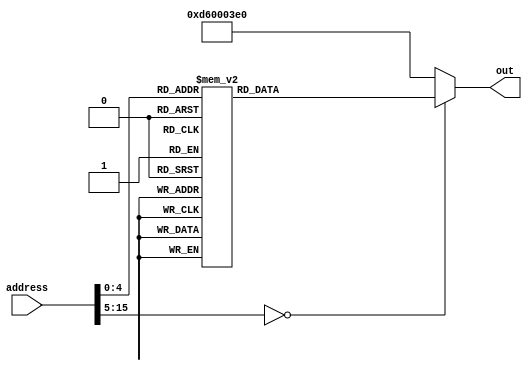
// auto generated from http://users.rowan.edu/~haskellt8/assembler/
module rom_case(out, address);
	output reg [31:0] out;
	input  [15:0] address; // address- 16 deep memory  
	always @(address) begin
		case (address)
			16'h0000:  out = 32'b11010010100000000000000000100001; // MOVZ X1, 1
			16'h0001:  out = 32'b11010010100000000000000001000010; // MOVZ X2, 2
			16'h0002:  out = 32'b10001011000000100000000000100100; // ADD X4, X1, X2
			16'h0003:  out = 32'b11111000000000010000001111100100; // STUR X4, [XZR, 16]
			16'h0004:  out = 32'b11111000010000010000001111100101; // LDUR X5, [XZR, 16]
			16'h0005:  out = 32'b10010100000000000000000000001010; // BL 10
			16'h0006:  out = 32'b10110101000000000000000000100010; // CBNZ X2, 1
			16'h0007:  out = 32'b00010100000000000000000000000001; // B 1
			16'h0008:  out = 32'b00010111111111111111111111111001; // B -7
			16'h0009:  out = 32'b10110100000000000000000001100001; // CBZ X1, 3
			16'h000a:  out = 32'b11101011000000100000000000111111; // SUBS XZR, X1, X2
			16'h000b:  out = 32'b01010100000000000000000000100011; // B.LO 1
			16'h000c:  out = 32'b11111000000000001000001111100001; // STUR X1, [XZR, 8]
			16'h000d:  out = 32'b11111000010000001000001111100110; // LDUR X6, [XZR, 8]
			16'h000e:  out = 32'b11010010000000000000010011100111; // EORI X7, X7, 1
			16'h000f:  out = 32'b00010111111111111111111111111110; // B -2
			16'h0010:  out = 32'b10010001000000000000100000100001; // ADDI X1, X1, 2
			16'h0011:  out = 32'b11010001000000000000010001000010; // SUBI X2, X2, 1
			16'h0012:  out = 32'b11010110000000000000001111000000; // BR X30
			default: out=32'hD60003E0; //BR XZR
		endcase
	end
endmodule

/*
C code for above asm:
X1 = 1;
X2 = 2;
while(1) {
	X4 = X1 + X2;
	M[16] = X4;
	X5 = M[16];
	IncDec();
	if(X2 == 0) {
		break;
	}
}
if(X1 != 0) {
	if(X1 > X2) {
		M[8] = X1;
	}
}
X6 = M[8]
while(1){
	X7 = X7 ^ 1;
}

void IncDec(void) {
	X1 = X1 + 1;
	X2 = X2 - 1
}
*/